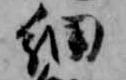
細